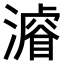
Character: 𣿼